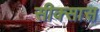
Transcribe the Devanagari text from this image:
सीक्सास